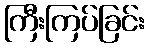
ကြီးကြပ်ခြင်း